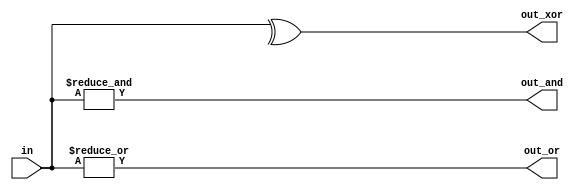
module top_module (
    input wire [99:0] in,
    output wire out_and,
    output wire out_or,
    output wire out_xor
);
    // AND reduction operator for out_and
    assign out_and = &in;
    
    // OR reduction operator for out_or
    assign out_or = |in;
    
    // XOR reduction operator for out_xor
    assign out_xor = ^in;
    
endmodule